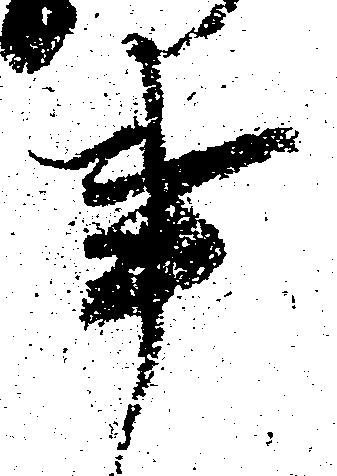
事